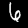
Digit: 6